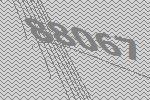
88067